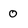
Character: 0